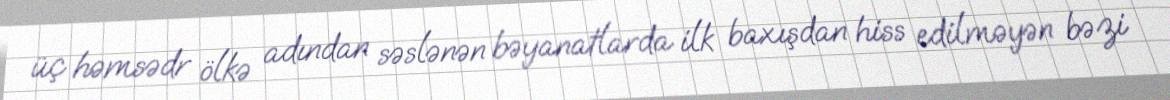
üç həmsədr ölkə adından səslənən bəyanatlarda ilk baxışdan hiss edilməyən bəzi